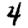
Digit: 4